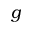
g